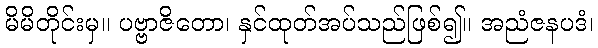
မိမိတိုင်းမှ။ ပဗ္ဗာဇိတော၊ နှင်ထုတ်အပ်သည်ဖြစ်၍။ အညံဇနပဒံ၊